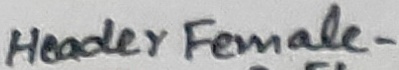
Text: Header Female-